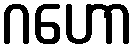
ဂဟော